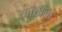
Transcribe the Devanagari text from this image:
खाँखला